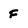
Character: F